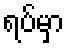
ရပ်မှာ